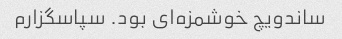
ساندویچ خوشمزه‌ای بود. سپاسگزارم